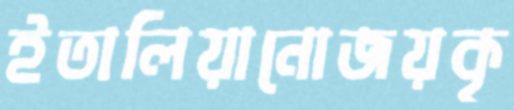
ইতালিয়ানোজয়কৃ